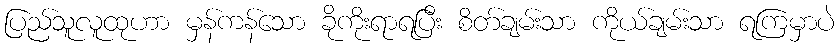
ပြည်သူလူထုဟာ မှန်ကန်သော ခိုကိုးရာရပြီး စိတ်ချမ်းသာ ကိုယ်ချမ်းသာ ရကြမှာပဲ